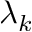
\lambda _ { k }